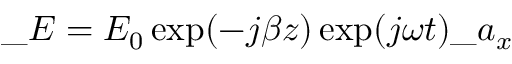
\_ E = E _ { 0 } \exp ( - j \beta z ) \exp ( j \omega t ) \_ a _ { x }